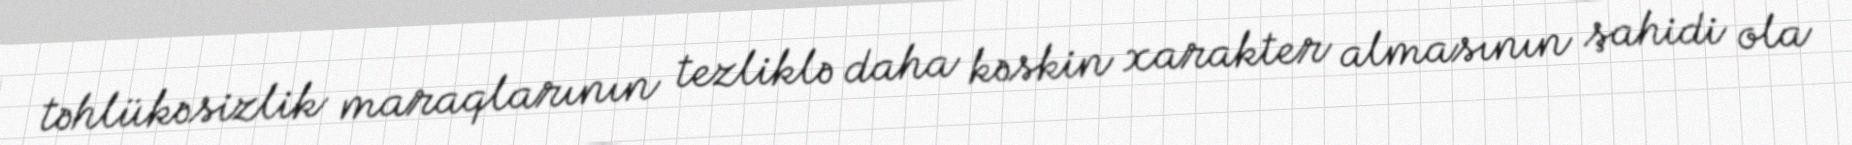
təhlükəsizlik maraqlarının tezliklə daha kəskin xarakter almasının şahidi ola